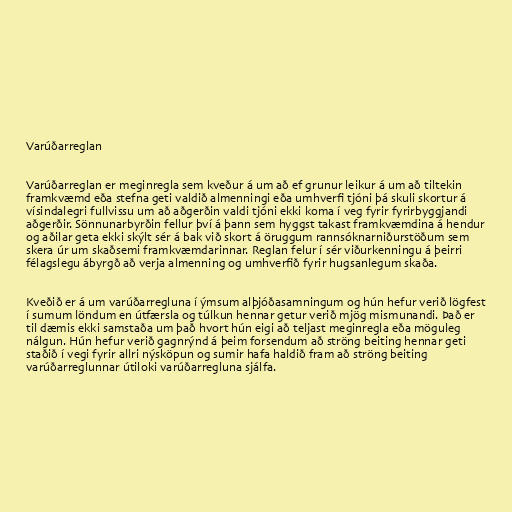
Varúðarreglan

Varúðarreglan er meginregla sem kveður á um að ef grunur leikur á um að tiltekin
framkvæmd eða stefna geti valdið almenningi eða umhverfi tjóni þá skuli skortur á
vísindalegri fullvissu um að aðgerðin valdi tjóni ekki koma í veg fyrir fyrirbyggjandi
aðgerðir. Sönnunarbyrðin fellur því á þann sem hyggst takast framkvæmdina á hendur
og aðilar geta ekki skýlt sér á bak við skort á öruggum rannsóknarniðurstöðum sem
skera úr um skaðsemi framkvæmdarinnar. Reglan felur í sér viðurkenningu á þeirri
félagslegu ábyrgð að verja almenning og umhverfið fyrir hugsanlegum skaða.

Kveðið er á um varúðarregluna í ýmsum alþjóðasamningum og hún hefur verið lögfest
í sumum löndum en útfærsla og túlkun hennar getur verið mjög mismunandi. Það er
til dæmis ekki samstaða um það hvort hún eigi að teljast meginregla eða möguleg
nálgun. Hún hefur verið gagnrýnd á þeim forsendum að ströng beiting hennar geti
staðið í vegi fyrir allri nýsköpun og sumir hafa haldið fram að ströng beiting
varúðarreglunnar útiloki varúðarregluna sjálfa.